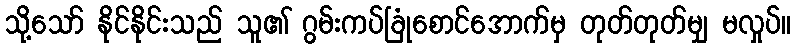
သို့သော် နိုင်နိုင်းသည် သူ၏ ဂွမ်းကပ်ခြုံစောင်အောက်မှ တုတ်တုတ်မျှ မလှုပ်။